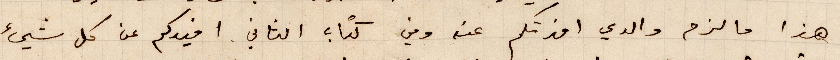
هذا ما لزم والدي افدتكم عنه وفي كتاب الثاني افيدكم عن كل شيء